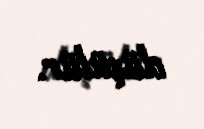
düşülür.